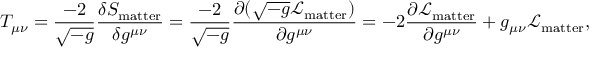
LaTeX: T _ { \mu \nu } = { \frac { - 2 } { \sqrt { - g } } } { \frac { \delta S _ { \mathrm { m a t t e r } } } { \delta g ^ { \mu \nu } } } = { \frac { - 2 } { \sqrt { - g } } } { \frac { \partial ( { \sqrt { - g } } { \mathcal { L } } _ { \mathrm { m a t t e r } } ) } { \partial g ^ { \mu \nu } } } = - 2 { \frac { \partial { \mathcal { L } } _ { \mathrm { m a t t e r } } } { \partial g ^ { \mu \nu } } } + g _ { \mu \nu } { \mathcal { L } } _ { \mathrm { m a t t e r } } ,